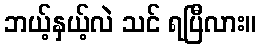
ဘယ့်နှယ့်လဲ သင် ရပြီလား။